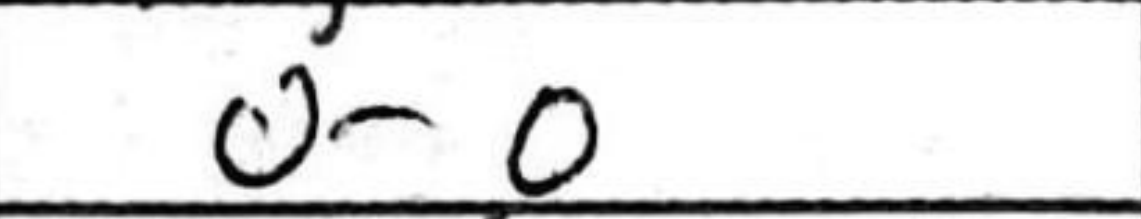
Transcription: O-O